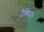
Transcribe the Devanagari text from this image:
टैक्सिनी।